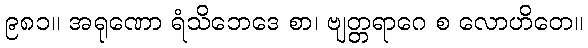
၉၈၁။ အရုဏော ရံသိဘေဒေ စာ၊ ဗျတ္တရာဂေ စ လောဟိတေ။